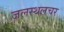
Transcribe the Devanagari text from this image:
जलस्थलचर